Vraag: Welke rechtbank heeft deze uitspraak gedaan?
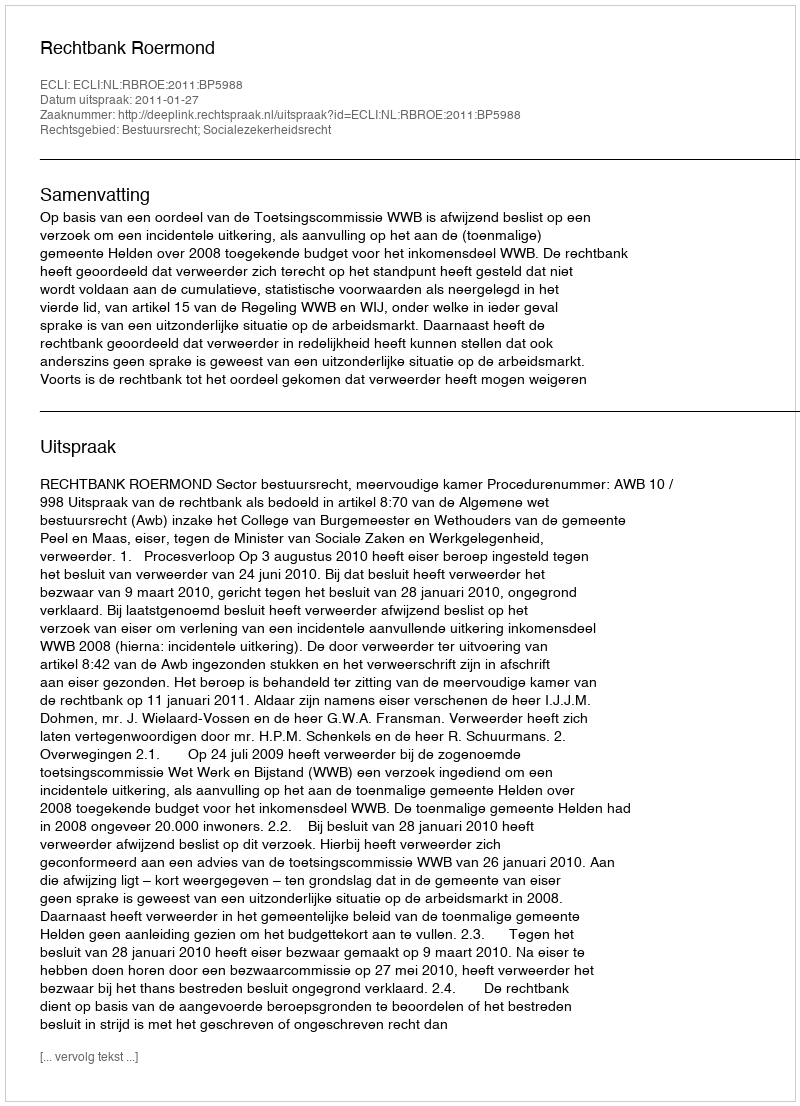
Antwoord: Rechtbank Roermond